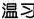
温习